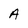
Character: A